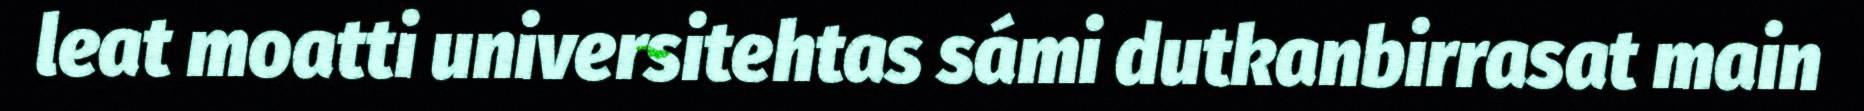
leat moatti universitehtas sámi dutkanbirrasat main